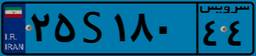
۲۵S۱۸۰۴۴